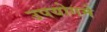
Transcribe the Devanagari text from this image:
उपयोगमे